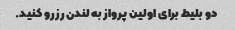
دو بلیط برای اولین پرواز به لندن رزرو کنید.